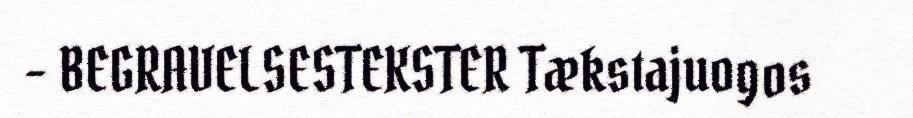
- BEGRAVELSESTEKSTER Tækstajuogos